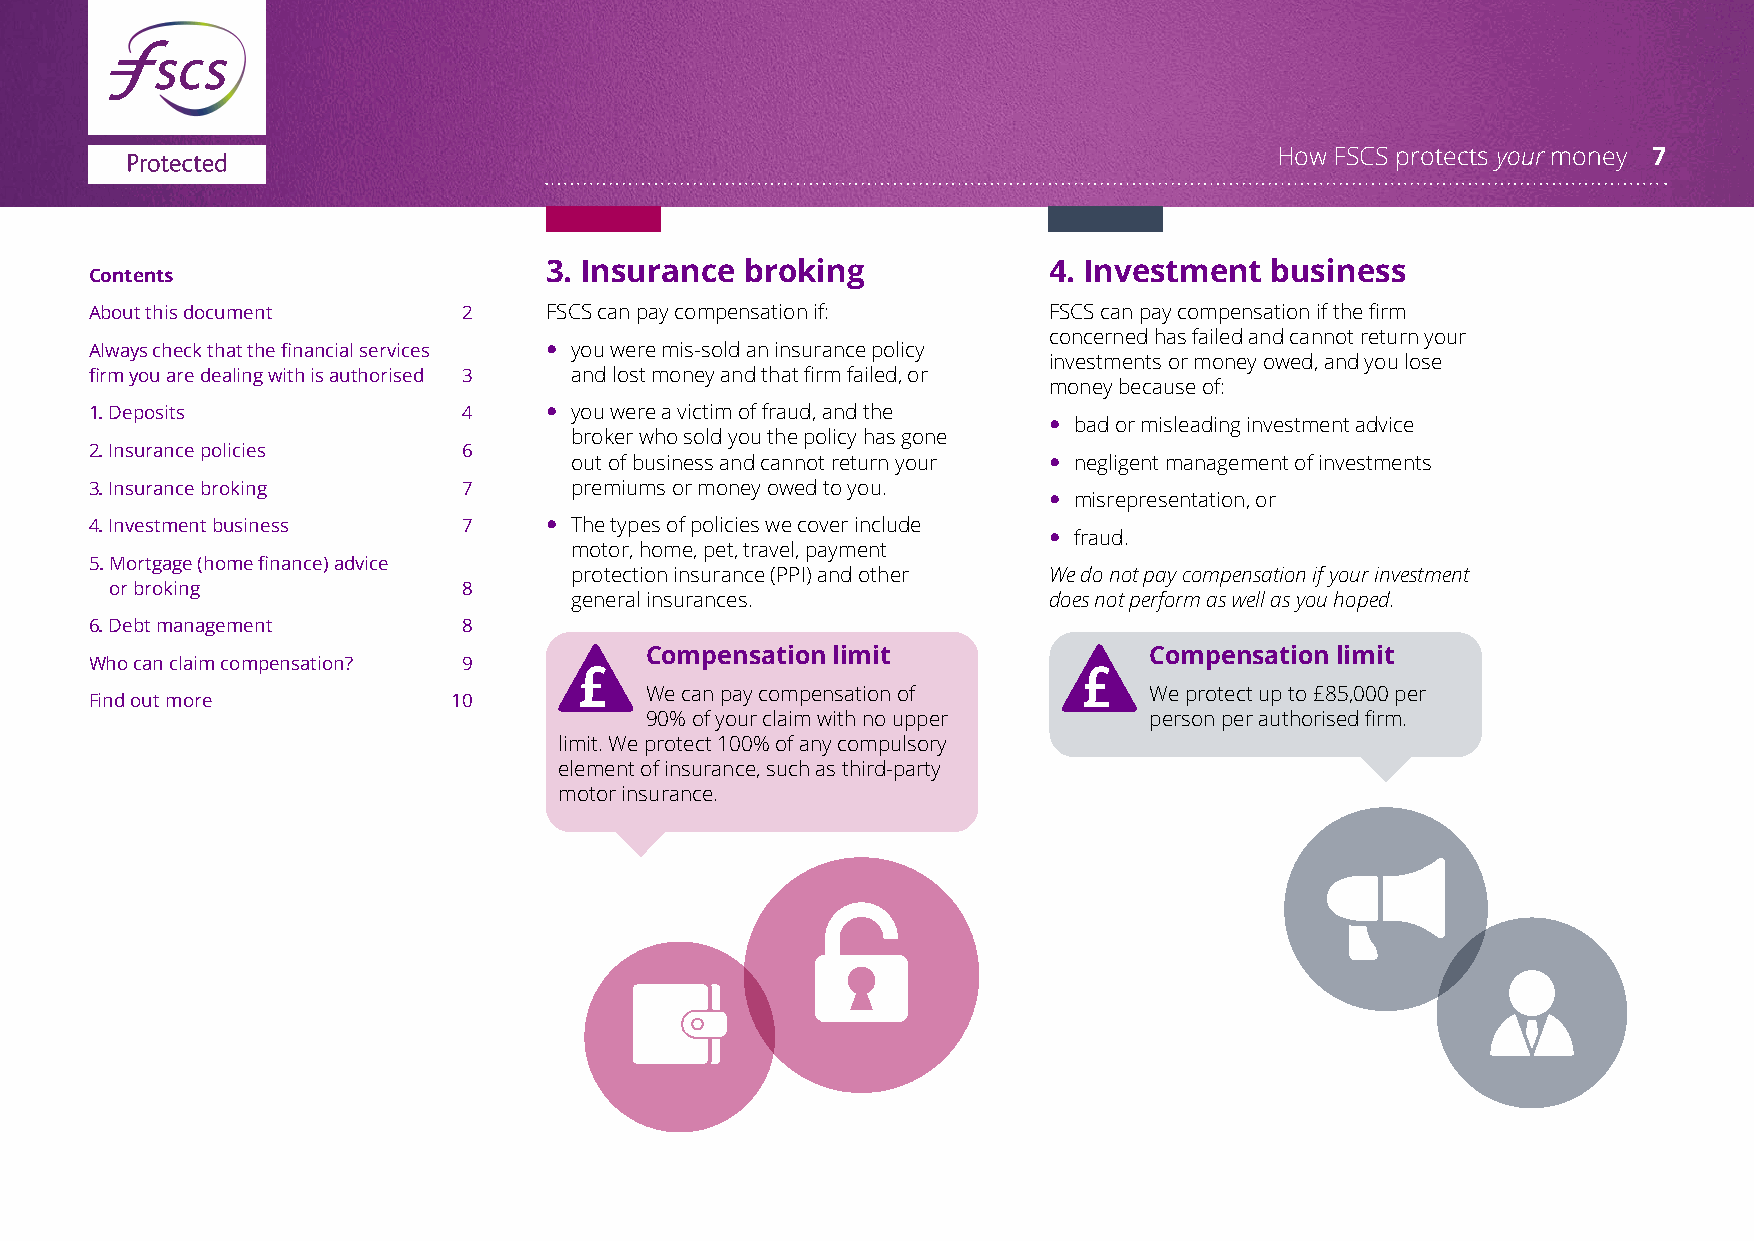
How FSCS protects your money 7
 3. Insurance broking             4. Investment  business
 Contents
 About this document      2    FSCS can pay compensation if:    FSCS can pay compensation if the firm
 concerned has failed and cannot return your
 Always check that the financial services  you were mis-sold an insurance policy
 investments or money owed, and you lose
 firm you are dealing with is authorised 3 and lost money and that firm failed, or
 money because of:
 1. Deposits              4     you were a victim of fraud, and the
  bad or misleading investment advice
 broker who sold you the policy has gone
 2. Insurance policies    6
 out of business and cannot return your  negligent management of investments
 3. Insurance broking     7      premiums or money owed to you.
  misrepresentation, or
 4. Investment business   7     The types of policies we cover include
  fraud.
 motor, home, pet, travel, payment
 5. Mortgage (home finance) advice
 protection insurance (PPI) and other We do not pay compensation if your investment
 or broking              8
 general insurances.            does not perform as well as you hoped.
 6. Debt management       8
 Compensation limit               Compensation limit
 Who can claim compensation? 9
 We can pay compensation of       We protect up to £85,000 per
 Find out more           10
 90% of your claim with no upper  person per authorised firm.
 limit. We protect 100% of any compulsory
 element of insurance, such as third-party
 motor insurance.